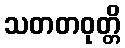
သတတဝုတ္တိ